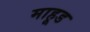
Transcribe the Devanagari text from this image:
माहूड